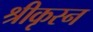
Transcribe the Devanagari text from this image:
श्रीकृस्‍न